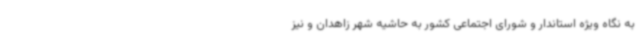
به نگاه ویژه استاندار و شورای اجتماعی کشور به حاشیه شهر زاهدان و نیز